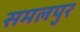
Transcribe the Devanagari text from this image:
समलपुर